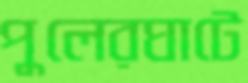
পুলেরঘাটে